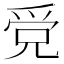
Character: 𤔓